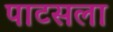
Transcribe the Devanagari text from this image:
पाटसला